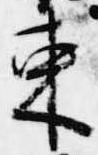
束